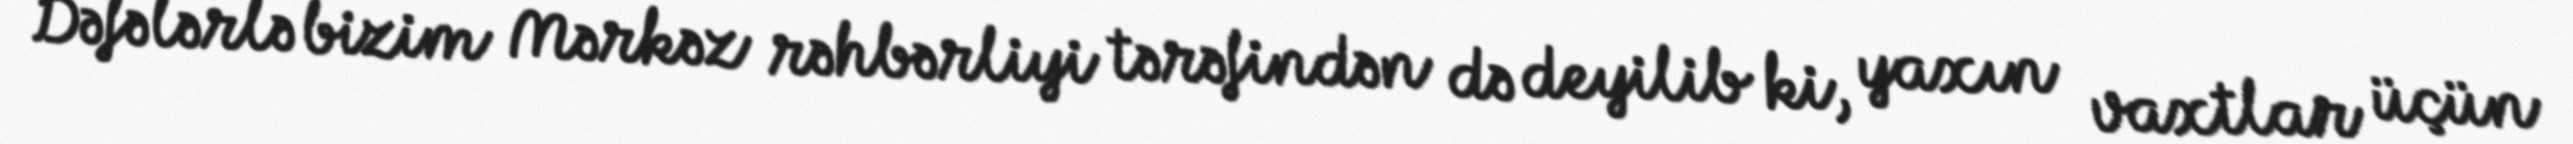
Dəfələrlə bizim Mərkəz rəhbərliyi tərəfindən də deyilib ki, yaxın vaxtlar üçün